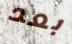
بعد